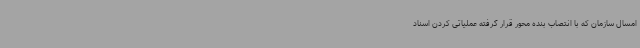
امسال سازمان که با انتصاب بنده محور قرار گرفته عملیاتی کردن اسناد